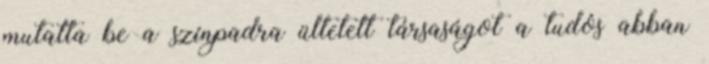
mutatta be a színpadra ültetett társaságot a tudós abban